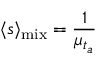
\langle s \rangle _ { \mathrm { m i x } } = \frac { 1 } { \mu _ { t _ { a } } }